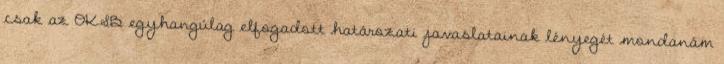
csak az OKSB egyhangúlag elfogadott határozati javaslatainak lényegét mondanám